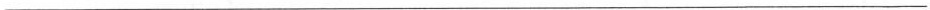
___